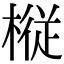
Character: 𫞋